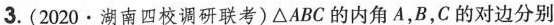
3.(2020.湖南四校调研联考)△ABC的内角A，B，C的对边分别